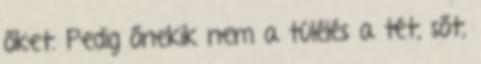
őket. Pedig őnekik nem a túlélés a tét, sőt,